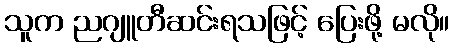
သူက ညဂျူတီဆင်းရသဖြင့် ပြေးဖို့ မလို။